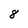
Character: 8